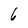
Character: 6